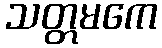
သတ္တမကေ